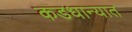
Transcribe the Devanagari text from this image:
कडधान्यात